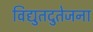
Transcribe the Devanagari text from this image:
विद्युतदुतेजना